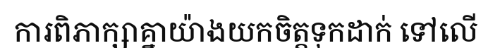
ការពិភាក្សាគ្នាយ៉ាងយកចិត្តទុកដាក់ ទៅលើ